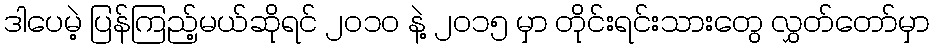
ဒါပေမဲ့ ပြန်ကြည့်မယ်ဆိုရင် ၂၀၁၀ နဲ့ ၂၀၁၅ မှာ တိုင်းရင်းသားတွေ လွှတ်တော်မှာ